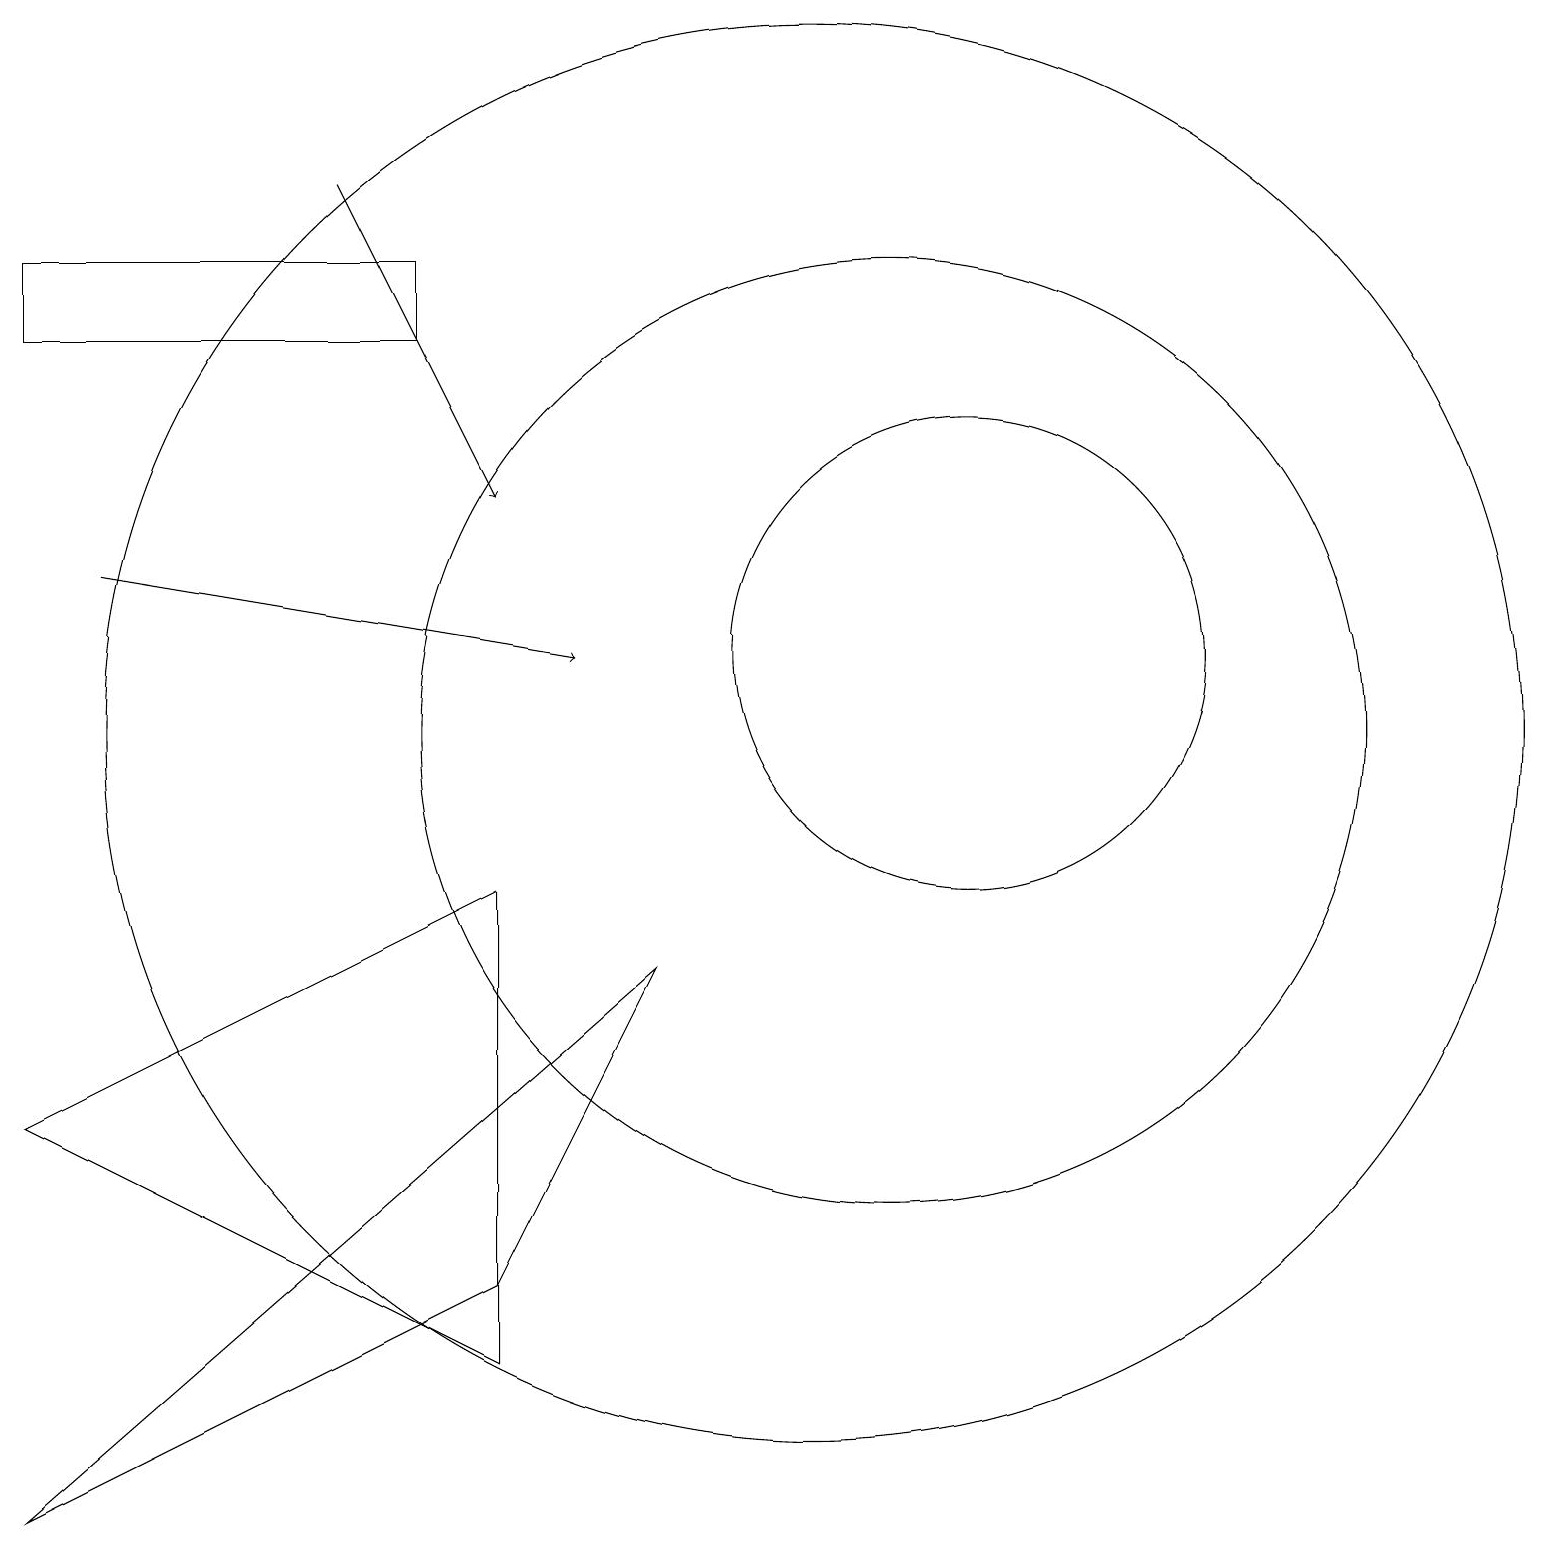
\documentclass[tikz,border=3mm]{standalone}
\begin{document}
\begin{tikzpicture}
\draw (11,10) circle (6);
\draw (12,11) circle (3);
\draw[->] (1,12) -- (7,11);
\draw (6,3) -- (8,7) -- (0,0) -- cycle;
\draw (10,10) circle (9);
\draw (6,8) -- (0,5) -- (6,2) -- cycle;
\draw[->] (4,17) -- (6,13);
\draw (0,15) rectangle (5,16);
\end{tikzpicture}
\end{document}